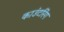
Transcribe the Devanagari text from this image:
काउंटरिंग